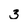
Character: 3